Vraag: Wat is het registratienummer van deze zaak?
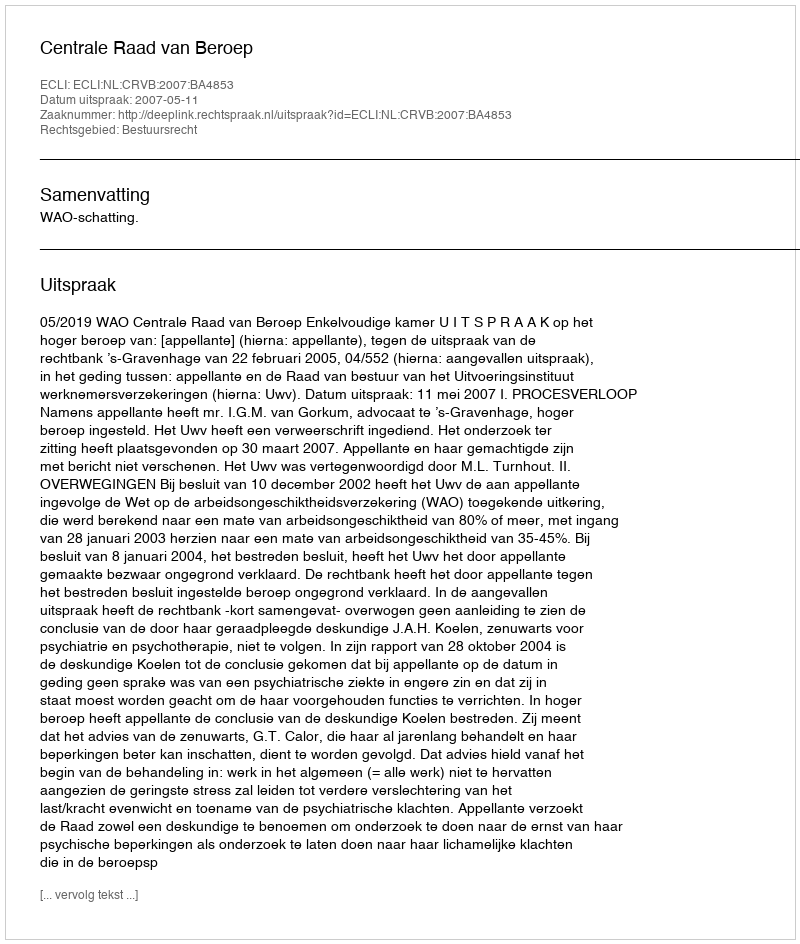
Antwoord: http://deeplink.rechtspraak.nl/uitspraak?id=ECLI:NL:CRVB:2007:BA4853